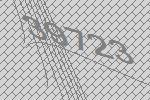
39723